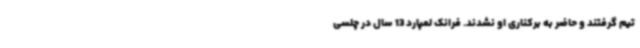
تیم گرفتند و حاضر به برکناری او نشدند. فرانک لمپارد 13 سال در چلسی